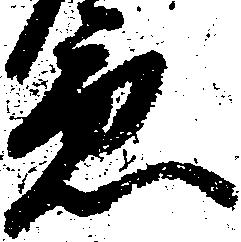
急